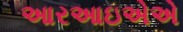
આરઆઇએએ